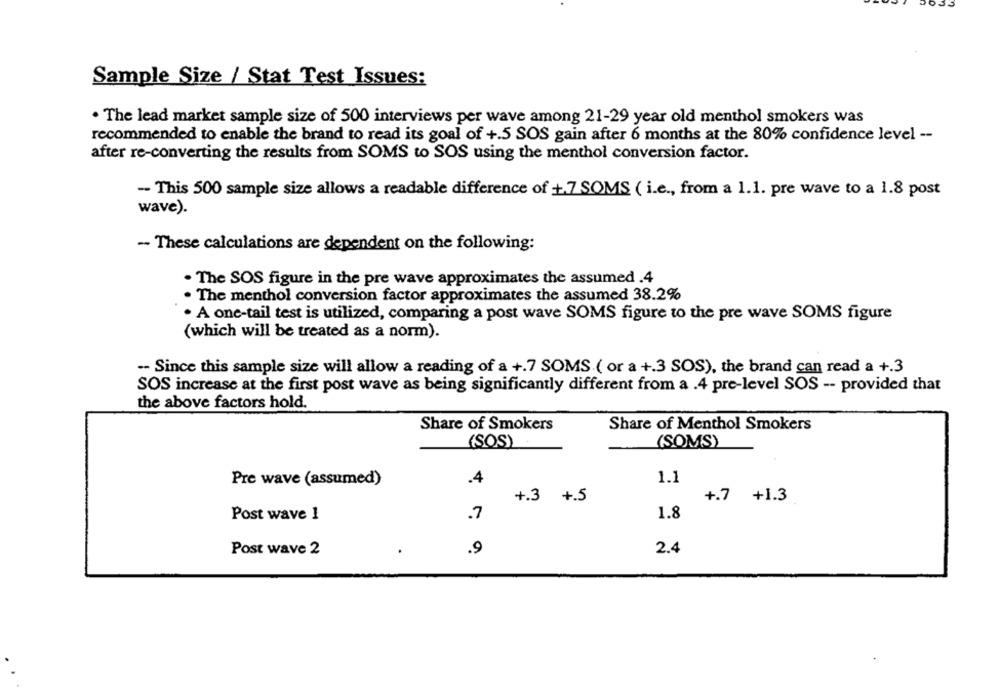
Sample Size / Stat Test Issues:
· The lead market sample size of 500 interviews per wave among 21-29 year old menthol smokers was
recommended to enable the brand to read its goal of +.5 SOS gain after 6 months at the 80% confidence level --
after re-converting the results from SOMS to SOS using the menthol conversion factor.
-- This 500 sample size allows a readable difference of +.7 SOMS ( i.e ., from a 1.1. pre wave to a 1.8 post
wave).
-- These calculations are dependent on the following:
. The SOS figure in the pre wave approximates the assumed .4
. The menthol conversion factor approximates the assumed 38.2%
. A one-tail test is utilized, comparing a post wave SOMS figure to the pre wave SOMS figure
(which will be treated as a norm).
-- Since this sample size will allow a reading of a +.7 SOMS ( or a +.3 SOS), the brand can read a +.3
SOS increase at the first post wave as being significantly different from a .4 pre-level SOS -- provided that
the above factors hold.
Share of Smokers
Share of Menthol Smokers
(SOS)
(SOMS)
1.1
Pre wave (assumed)
.4
+.3 +.5
+.7 +1.3
1.8
Post wave 1
.7
2.4
Post wave 2
.9